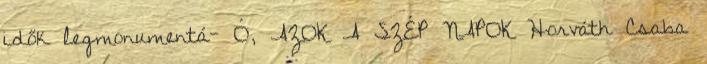
idők legmonumentá- Ó, AZOK A SZÉP NAPOK Horváth Csaba